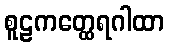
စူဠကတ္ထေရဂါထာ